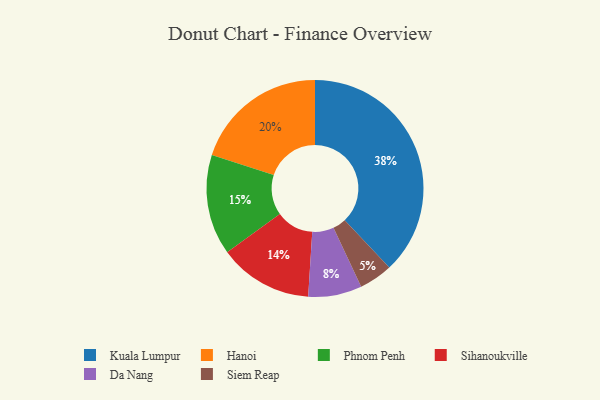
{"axis": {"x": "Category", "y": "Percentage"}, "legend": ["Da Nang", "Hanoi", "Kuala Lumpur", "Phnom Penh", "Siem Reap", "Sihanoukville"], "data": [{"x": "Siem Reap", "y": 5, "type": "Siem Reap"}, {"x": "Da Nang", "y": 8, "type": "Da Nang"}, {"x": "Kuala Lumpur", "y": 38, "type": "Kuala Lumpur"}, {"x": "Sihanoukville", "y": 14, "type": "Sihanoukville"}, {"x": "Hanoi", "y": 20, "type": "Hanoi"}, {"x": "Phnom Penh", "y": 15, "type": "Phnom Penh"}]}